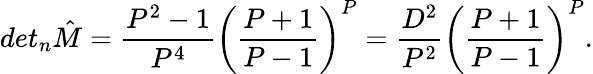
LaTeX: det_{n}{\hat{M}}=\frac{P^{2}-1}{P^{4}}\bigg(\frac{P+1}{P-1}\bigg)^{P}=\frac{D^{2}}{P^{2}}\bigg(\frac{P+1}{P-1}\bigg)^{P}.